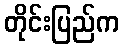
တိုင်းပြည်က